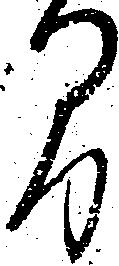
間